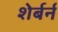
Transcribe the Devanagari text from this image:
शेर्बर्न